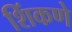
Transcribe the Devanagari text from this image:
शिंकणे